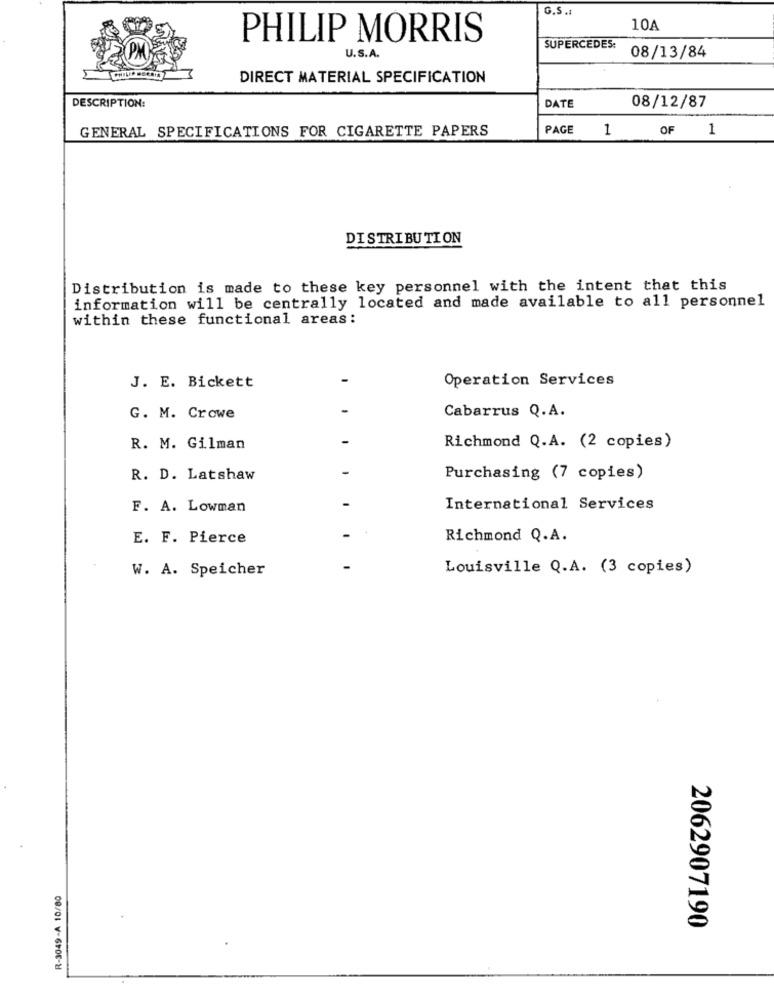
G.S .:
10A
PHILIP MORRIS
U.S.A.
SUPERCEDES:
08/13/84
DIRECT MATERIAL SPECIFICATION
DESCRIPTION:
DATE
08/12/87
GENERAL SPECIFICATIONS FOR CIGARETTE PAPERS
PAGE
1
OF 1
DISTRIBUTION
Distribution is made to these key personnel with the intent that this
information will be centrally located and made available to all personnel
within these functional areas:
Operation Services
J. E. Bickett
Cabarrus Q.A.
G. M. Crowe
R. M. Gilman
Richmond Q.A. (2 copies)
R. D. Latshaw
Purchasing (7 copies)
F. A. Lowman
International Services
E. F. Pierce
Richmond Q.A.
W. A. Speicher
Louisville Q.A. (3 copies)
R-3049-A 10/80
2062907190